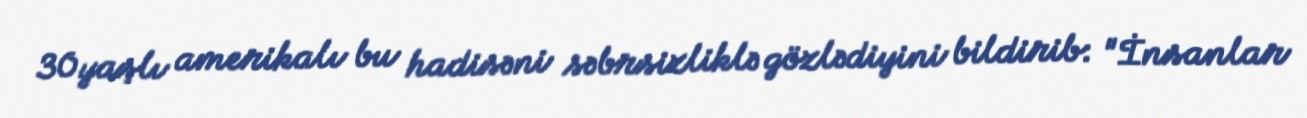
30 yaşlı amerikalı bu hadisəni səbrsizliklə gözlədiyini bildirib: "İnsanlar